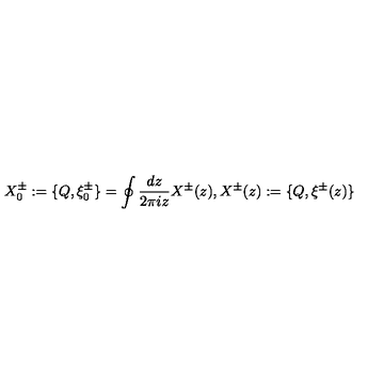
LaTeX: X _ { 0 } ^ { \pm } : = \{ Q , \xi _ { 0 } ^ { \pm } \} = \oint \frac { d z } { 2 \pi i z } X ^ { \pm } ( z ) , X ^ { \pm } ( z ) : = \{ Q , \xi ^ { \pm } ( z ) \}